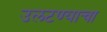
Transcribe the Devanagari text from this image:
उलटण्याचा